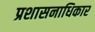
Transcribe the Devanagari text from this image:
प्रशासनाधिकार